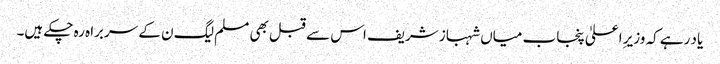
یاد رہے کہ وزیرِ اعلیٰ پنجاب میاں شہباز شریف اس سے قبل بھی مسلم لیگ ن کے سربراہ رہ چکے ہیں۔